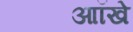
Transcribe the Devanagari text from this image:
आॉखे